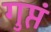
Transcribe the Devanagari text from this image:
गुप्तं